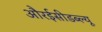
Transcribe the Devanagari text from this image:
औरईसीडब्ल्यू